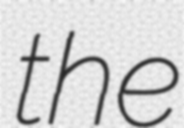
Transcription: the